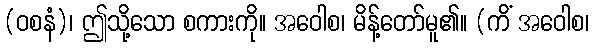
(ဝစနံ)၊ ဤသို့သော စကားကို။ အဝေါစ၊ မိန့်တော်မူ၏။ (ကိံ အဝေါစ၊